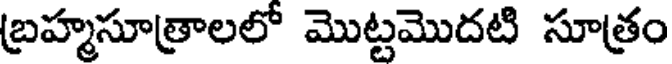
బ్రహ్మసూత్రాలలో మొట్టమొదటి సూత్రం